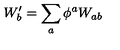
W _ { b } ^ { \prime } = \sum _ { a } \phi ^ { a } W _ { a b }